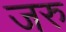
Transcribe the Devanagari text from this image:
जरु